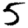
Digit: 5